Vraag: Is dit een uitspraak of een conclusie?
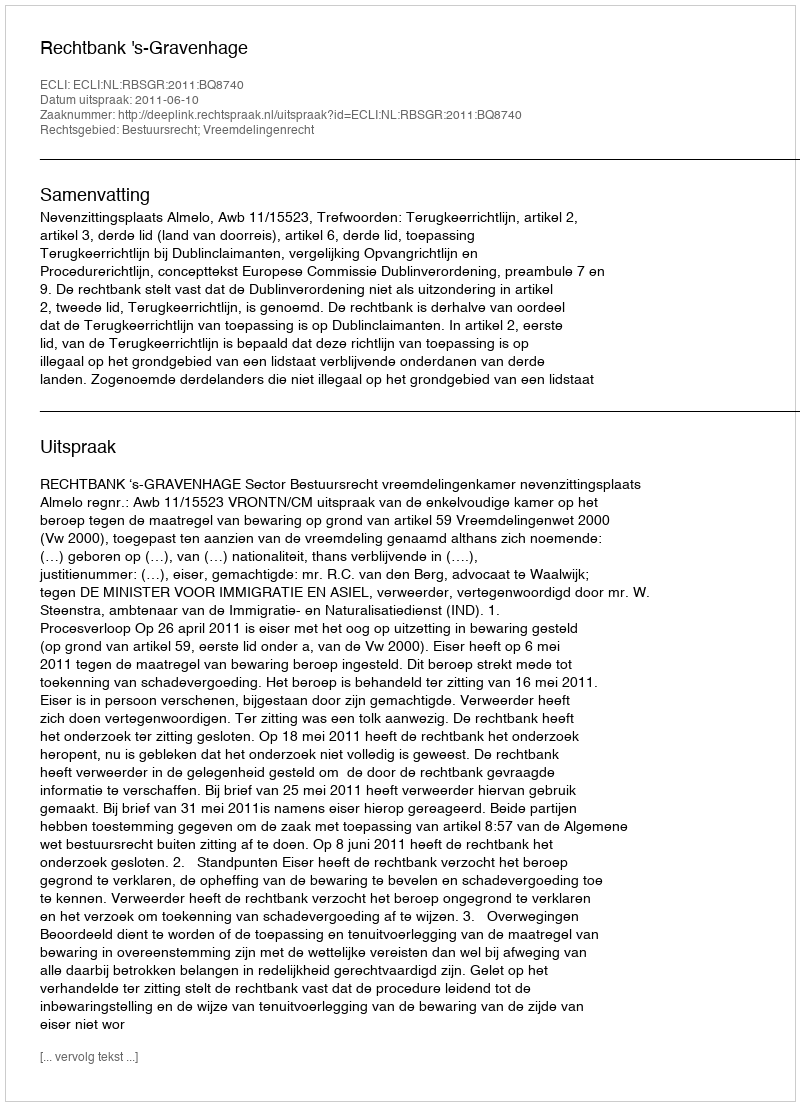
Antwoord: Uitspraak